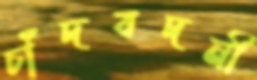
চাঁদবদনী